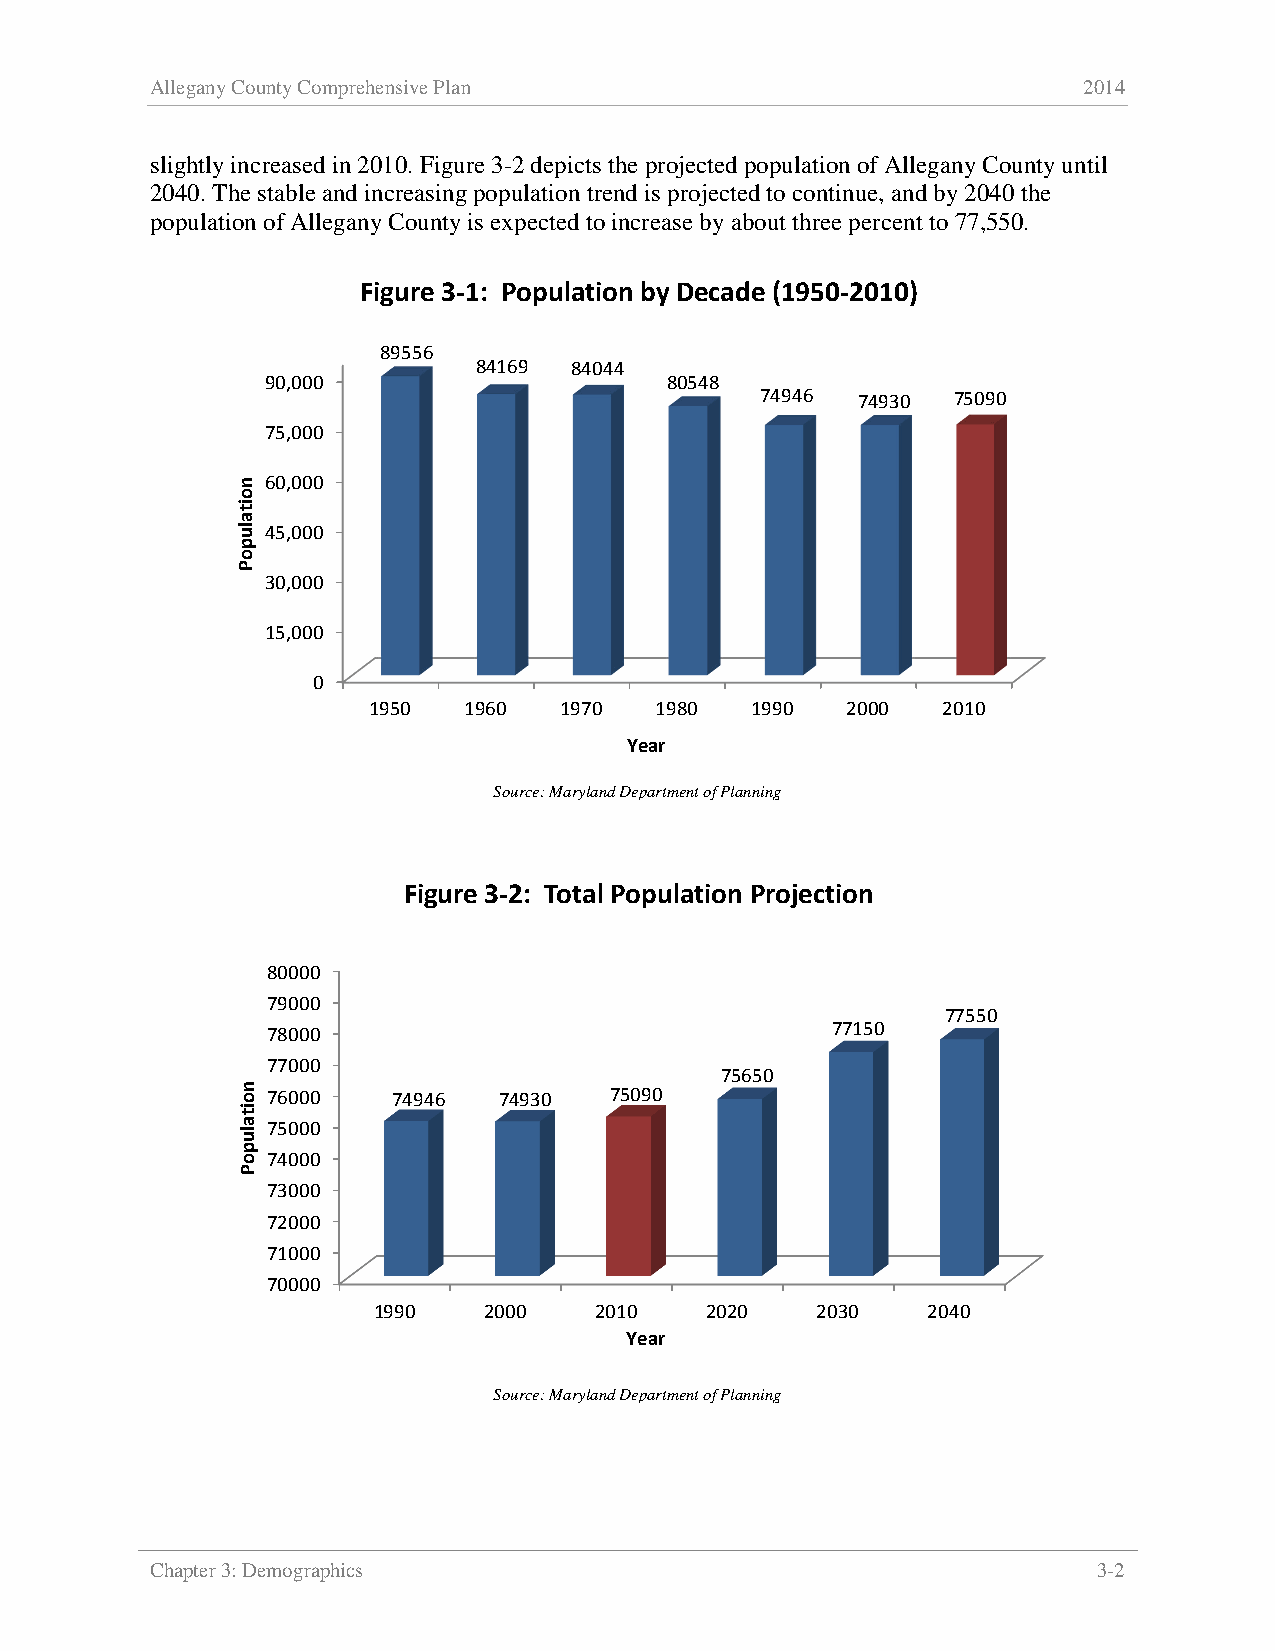
Allegany County Comprehensive Plan                            2014
 slightly increased in 2010. Figure 3-2 depicts the projected population of Allegany County until
 2040. The stable and increasing population trend is projected to continue, and by 2040 the
 population of Allegany County is expected to increase by about three percent to 77,550.
 Figure 3-1: Population by Decade (1950-2010)
 89556
 84169 84044
 90,000                    80548
 74946  74930 75090
 75,000
 60,000
 45,000
 30,000
 15,000
 0
 1950   1960  1970  1980   1990  2000  2010
 Year
 Source: Maryland Department of Planning
 Figure 3-2: Total Population Projection
 80000
 79000
 77550
 78000                                77150
 77000
 75650
 76000   74946  74930  75090
 75000
 74000
 73000
 72000
 71000
 70000
 1990   2000   2010    2020   2030   2040
 Year
 Source: Maryland Department of Planning
 Chapter 3: Demographics                                        3-2
 noitalupoP
 noitalupoP